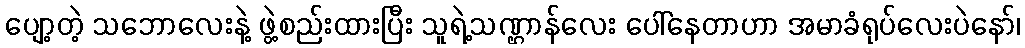
ပျော့တဲ့ သဘောလေးနဲ့ ဖွဲ့စည်းထားပြီး သူရဲ့သဏ္ဌာန်လေး ပေါ်နေတာဟာ အမာခံရုပ်လေးပဲနော်၊